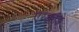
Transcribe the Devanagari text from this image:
एस्क्लाड